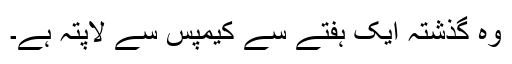
وہ گذشتہ ایک ہفتے سے کیمپس سے لاپتہ ہے۔